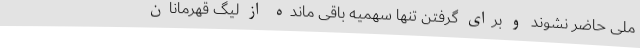
ملی حاضر نشوند و برای گرفتن تنها سهمیه باقی مانده از لیگ قهرمانان